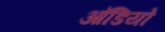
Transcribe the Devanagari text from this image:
आॅडियो